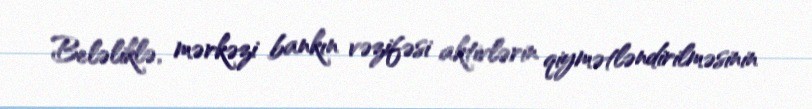
Beləliklə, mərkəzi bankın vəzifəsi aktivlərin qiymətləndirilməsinin